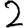
Digit: 2